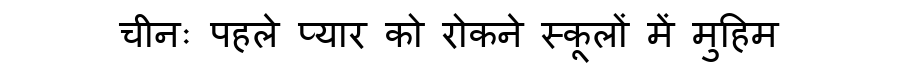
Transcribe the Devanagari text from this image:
चीनः पहले प्यार को रोकने स्कूलों में मुहिम